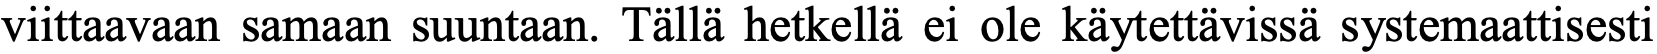
viittaavaan samaan suuntaan. Tällä hetkellä ei ole käytettävissä systemaattisesti